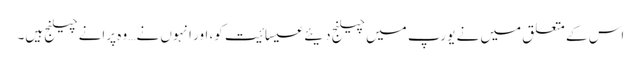
اس کے متعلق میں نے یورپ میں چیلنج دیئے عیسائیت کو، اور انہوں نے… وہ پرانے چیلنج ہیں۔